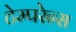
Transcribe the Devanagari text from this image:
टेम्परेन्स